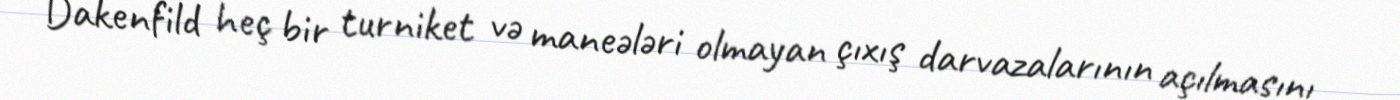
Dakenfild heç bir turniket və maneələri olmayan çıxış darvazalarının açılmasını